Bréfritari: Sigríður Pálsdóttir
Viðtakandi: Páll Pálsson
Dagsetning: A-1863-05-23
Skrifað á: Breiðabólsstað  Rang.
Páll var bróðir Sigríðar

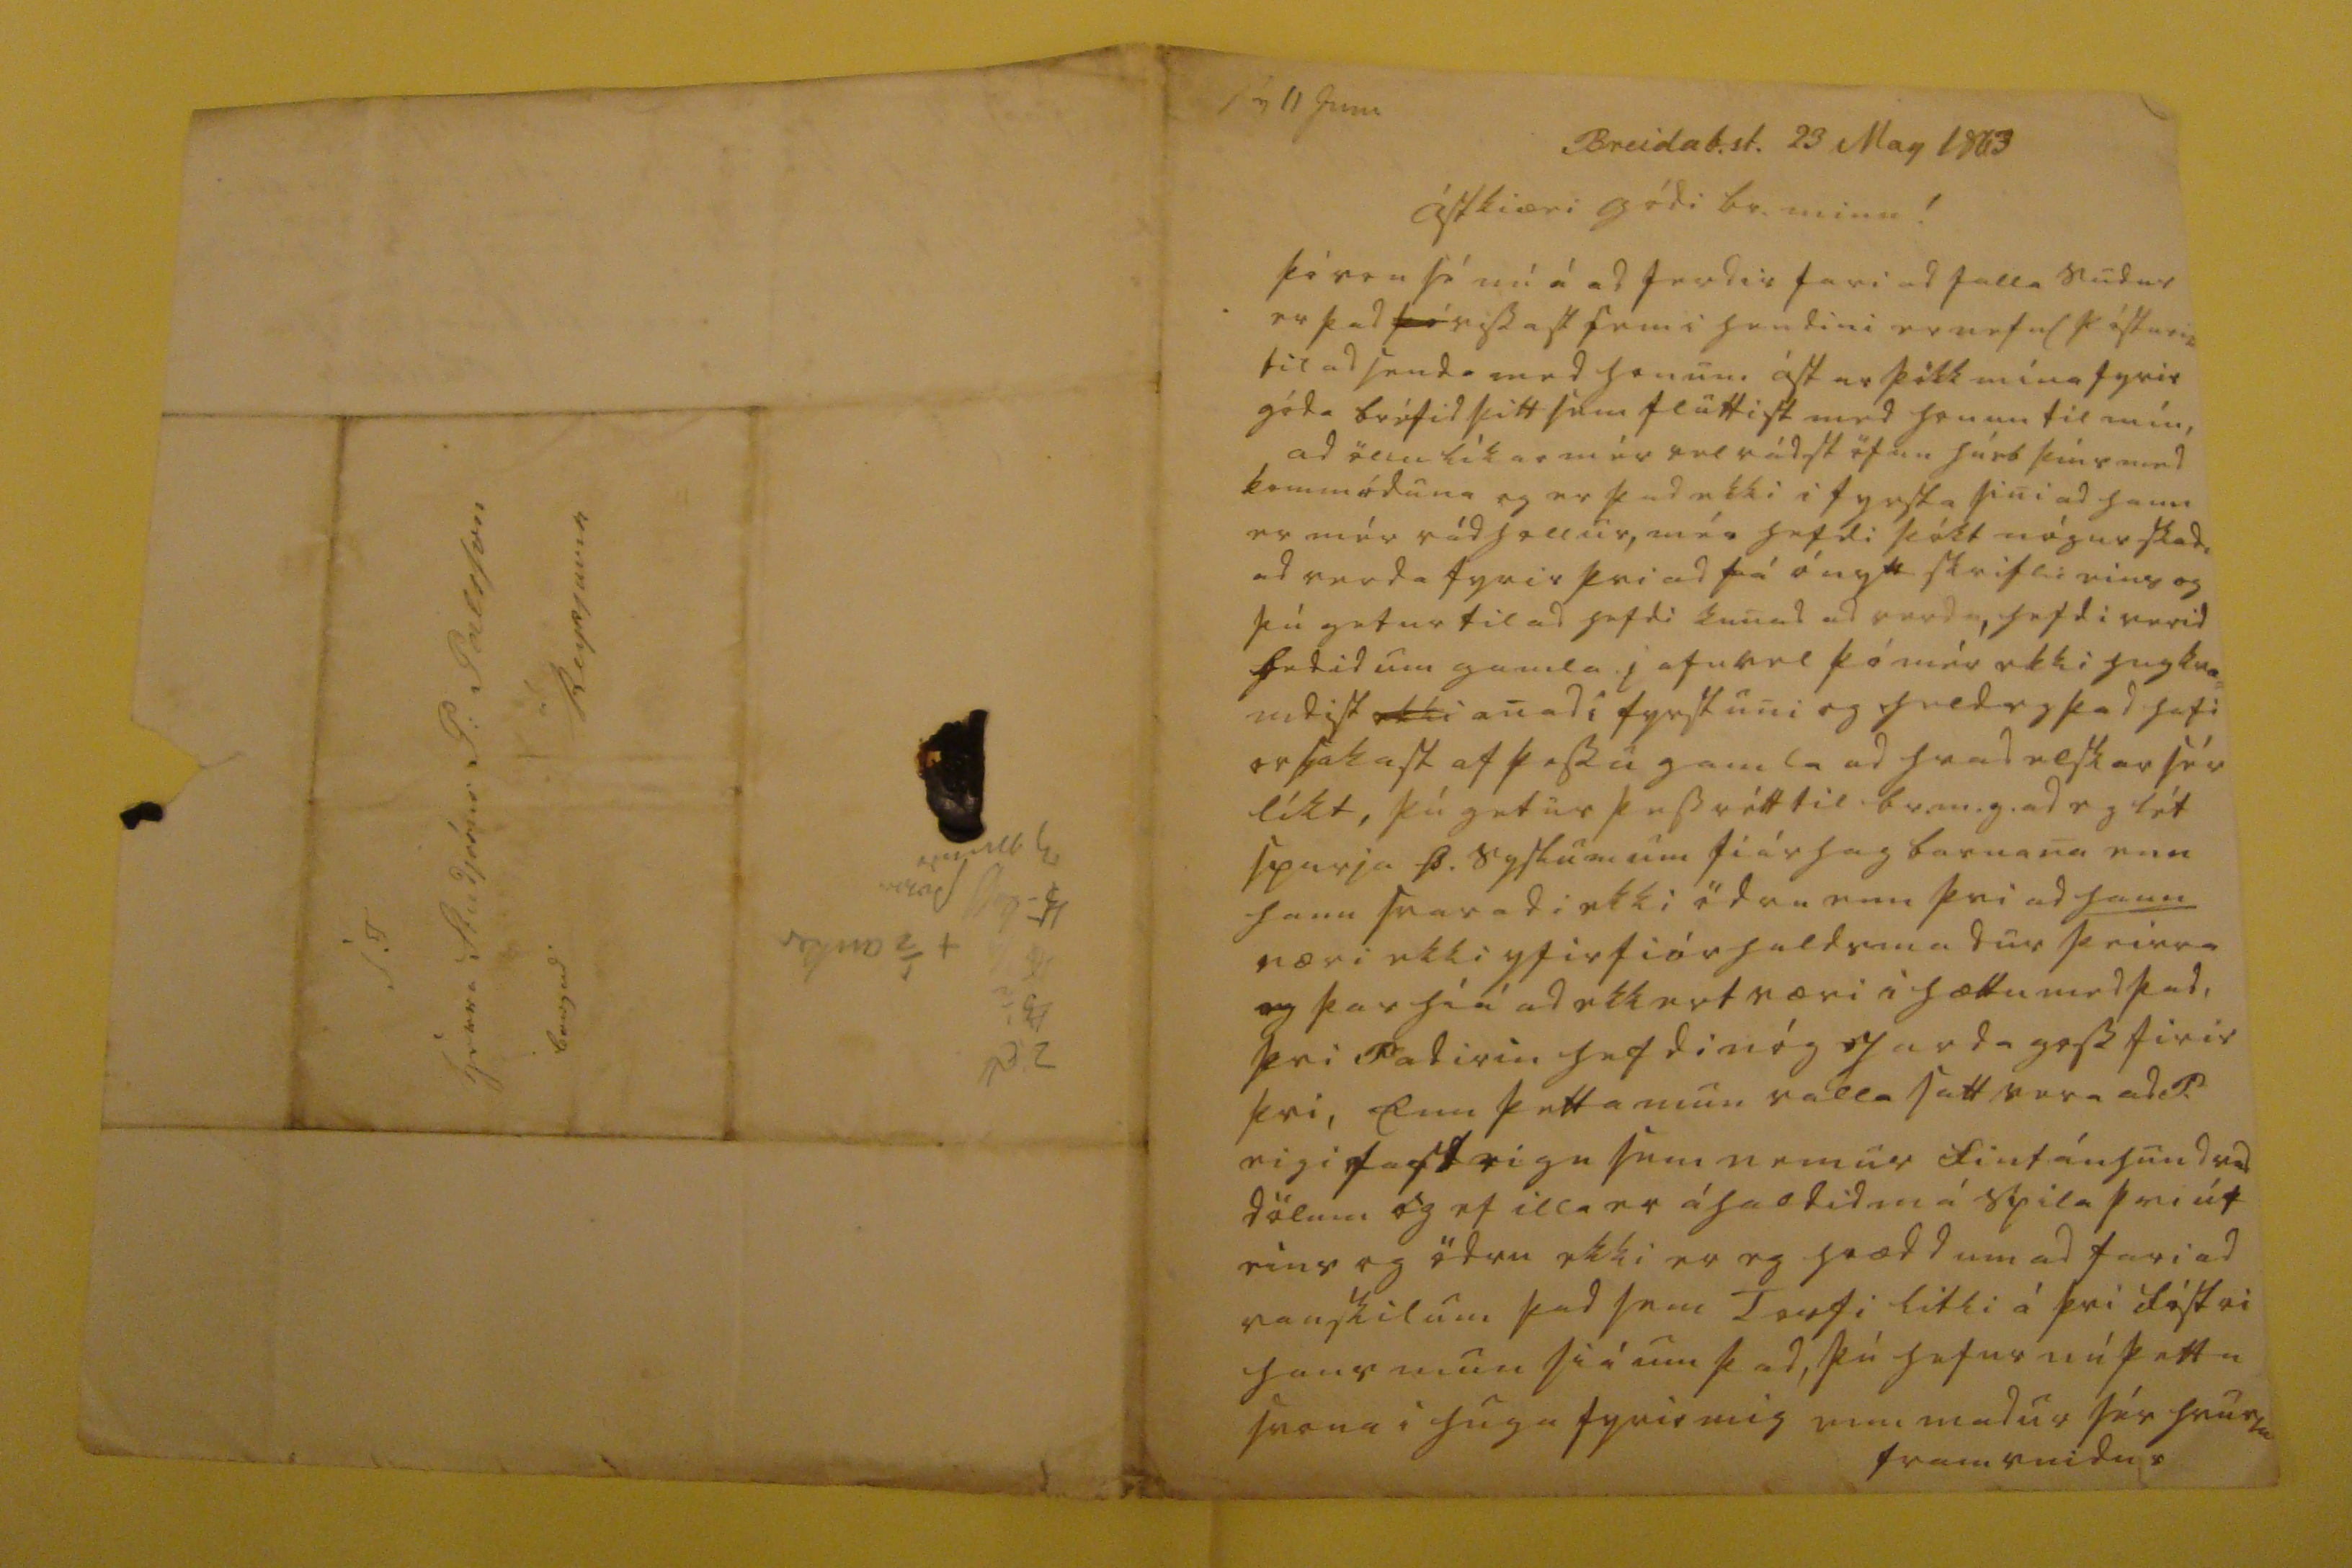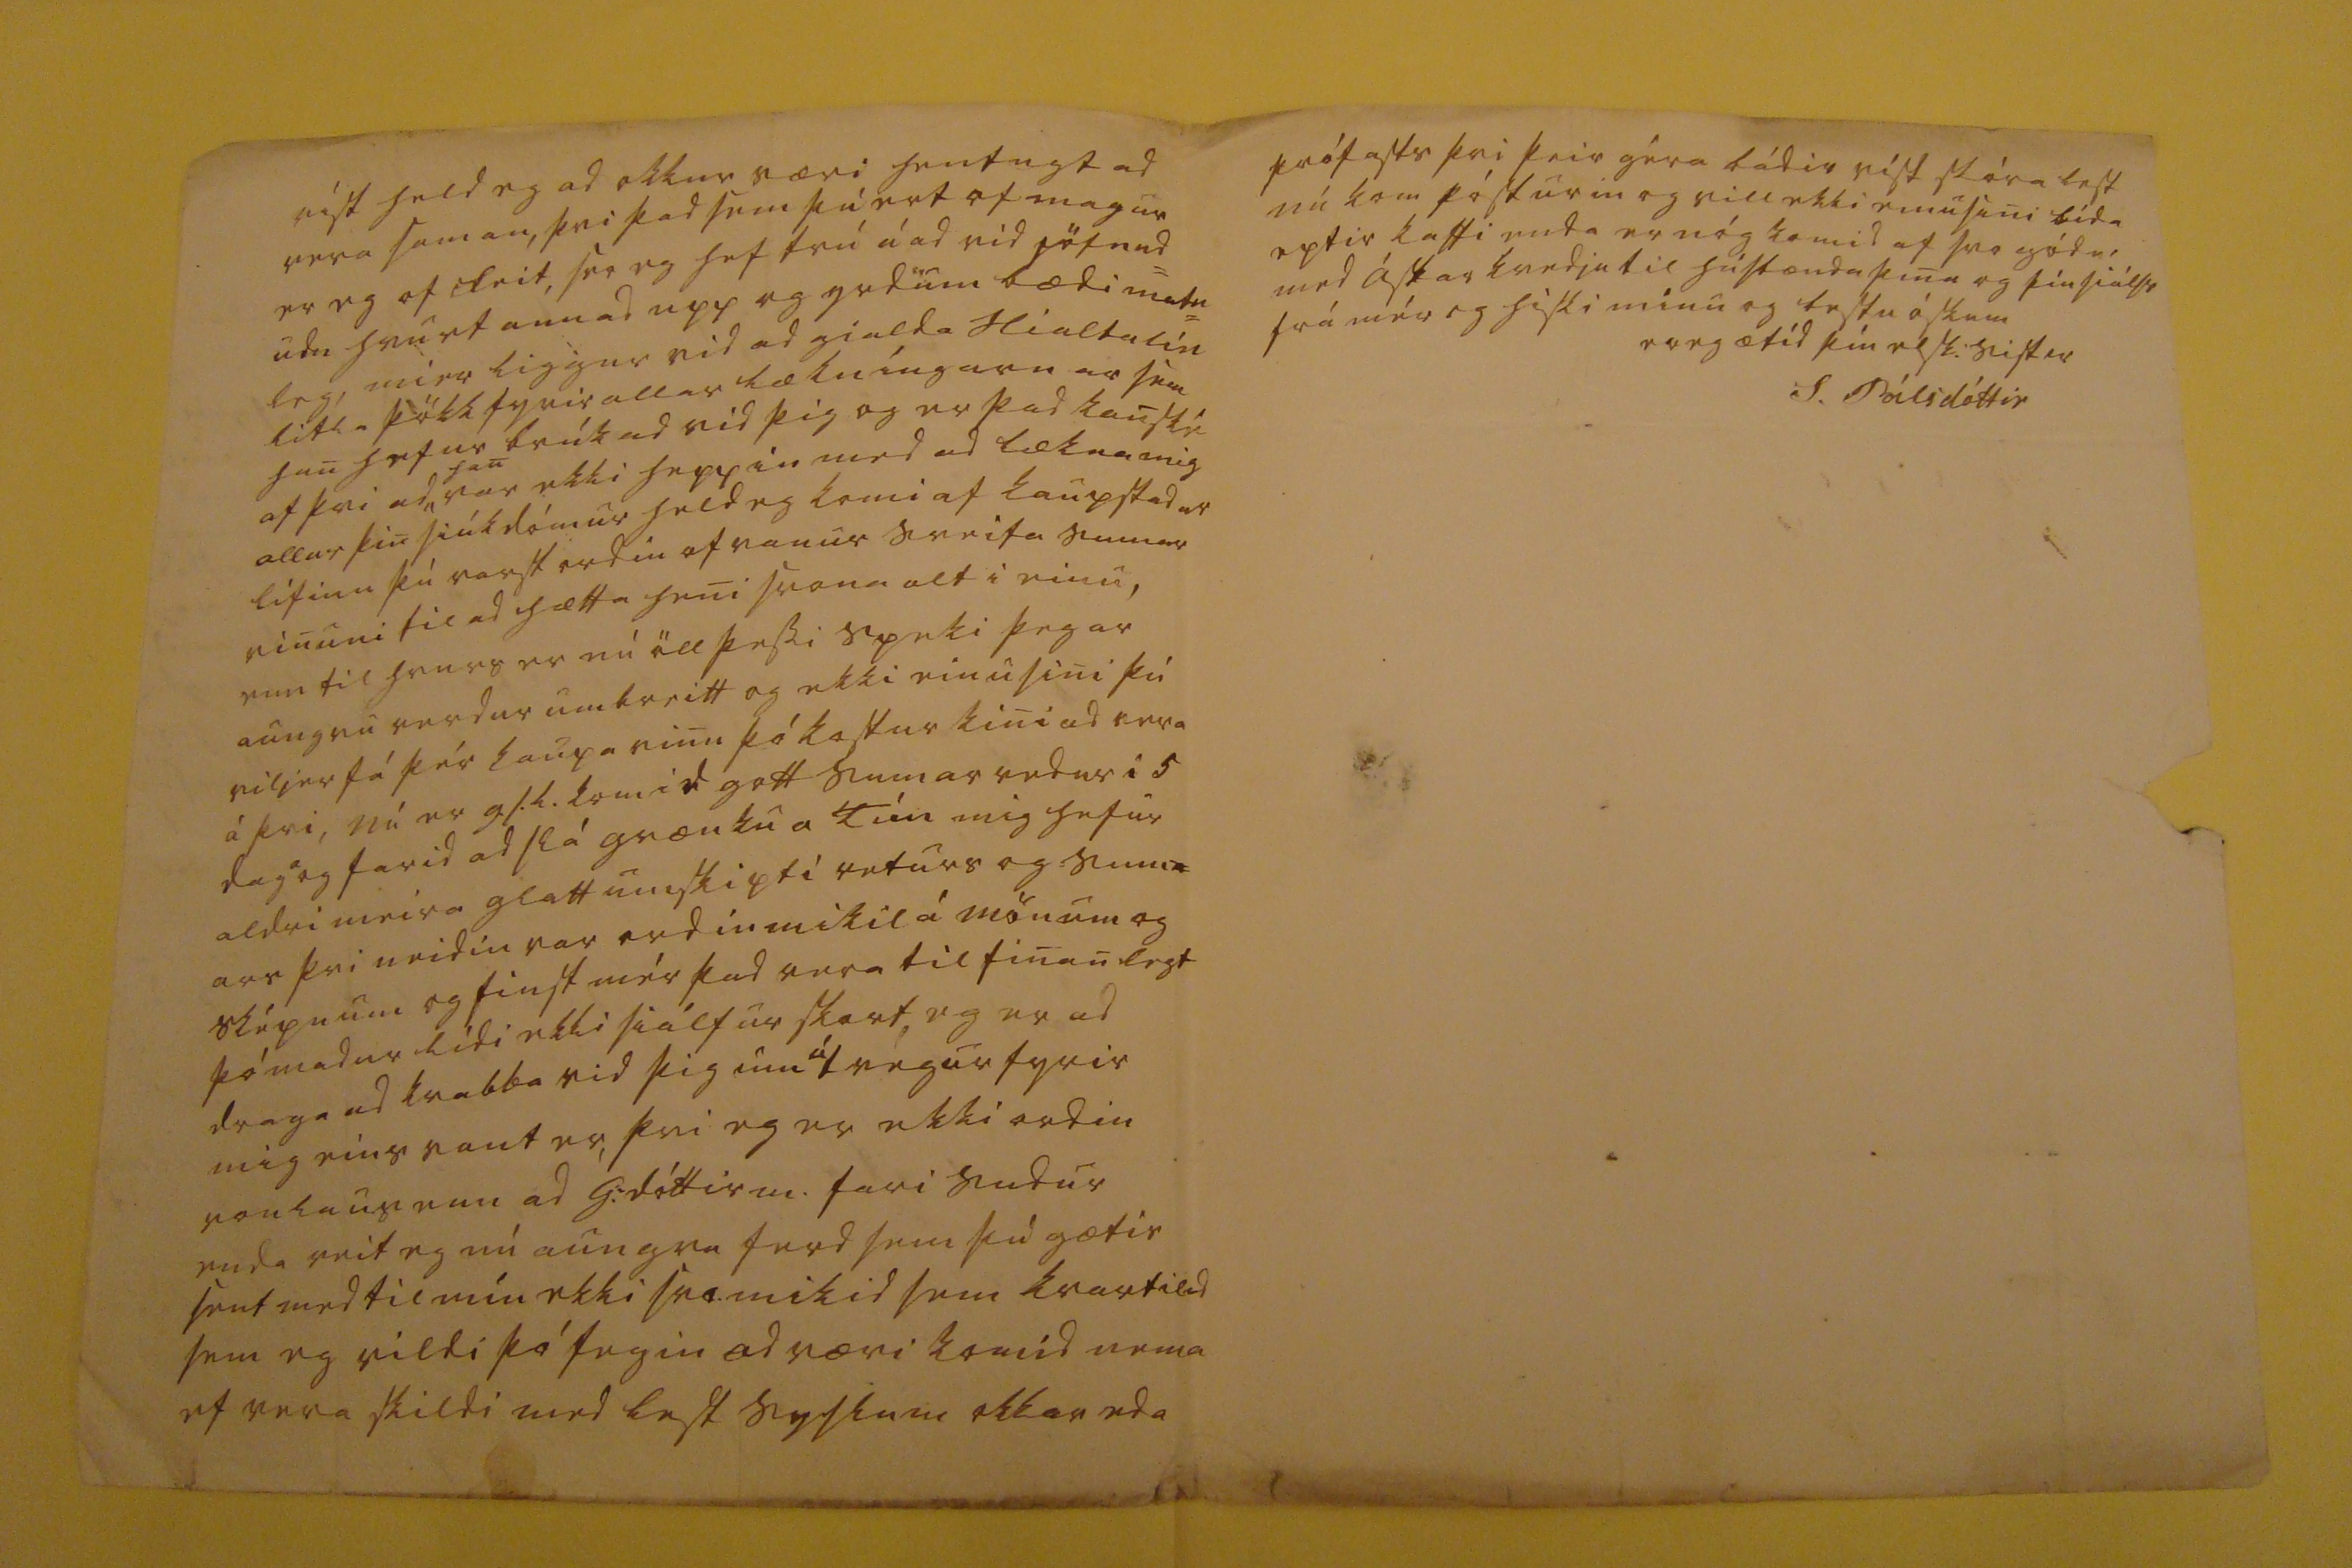

sv 11 Juni
Breidab.st. 23 May 1863
ástkiæri gódi br. minn!
þó von sé nú á ad ferdir fari ad falla sudur er þad
þó
vissast sem i hendini er nefnl pósturin til ad senda med honum ástarþökk mína fyrir góda bréfid þitt sem fluttist med honum til mín, ad öllu líkar mér vel rádstöfun húsb þíns med kommóduna og er þad ekki i fyrsta sini ad hann er mér rádhollur, mér hefdi þókt nógur skadi ad verda fyrir þvi ad fá ónytt skrifli eins og þú getur til ad hefdi kunad ad verda, hefdi verid bedid um gamla jafnvel þó mér ekki hugkvæ= mdist
ekki
anad i fyrstuni og held eg þad hafi orsakast af þessu gamla ad hvad elskar sér líkt, þú getur þess rétt til br.m.g. ad eg lét spurja B. syslum um fiár hag barnana enn hann svaradi ekki ödru enn þvi ad s
hann
væri ekki yfirfiárhaldsmadur þeirra og þar hiá ad ekkert væri i hættu med þad, þvi fadirin hefdi nóg jardagoss firir þvi, enn þetta mun valla satt vera ad P. eigi
fasteign
sem nemur fimtán hundrud dölum og ef illa er áhaldid má spila þvi út eins og ödru ekki er eg hrædd um ad fari ad vanskilum þad sem Torfi litli á þvi fóstri hans mun siá um þad, þú hefur nú þetta svona i huga fyrir mig enn madur sér hvurki fram vindur
víst held eg ad okkur væri hentugt ad vera saman, þvi þad sem þú ert of magur er eg of feit, svo eg hef trú á ad vid jöfnud= um hvurt annad upp og yrdum bædi matu= leg, mier liggur vid ad gialda Hialtalín litla þökk fyrir allar lækníngarnar sem han hefur brúkad vid þig og er þad kanské af þvi ad
han
var ekki heppin med ad lækna mig allur þin siúkdómur held eg komi af kaupstadar lífinu þú varst ordin of vanur sveita sumar vinuni til ad hætta heni svona alt i einu, enn til hvurs er nú öll þessi speki þegar aungvu verdur umbreitt og ekki einu sini þú viljer fá þér kaupavinu þó kostur kini ad vera á þvi, nú er g.s.l. komid gott sumar vedur i 5 daga og farid ad slá grænku á Tún mig hefur aldri meira glatt umskipti veturs og sum= ars þvi neidin var ordin mikil á mönum og sképnum og finst mér þad vera tilfinanlegt þó madur lídi ekki siálfur skort eg er ad draga ad kvabba vid þig um útvegur fyrir mig eins vant er, þvi eg er ekki ordin vonlaus enn ad G: dóttir m. fari sudur enda veit eg nú aungva ferd sem þú gætir sent med til mín ekki svo mikid sem kvartilid sem eg vildi þó fegin ad væri komid nema ef vera skildi med lest syslum okkar eda
prófasts þvi þeir géra bádir víst stóra lest nú kom pósturin og vill ekki einusini bída eptir kaffi enda er nóg komid af svo gódu, med ástarkvedju til húsbænda þina og þín siálfs frá mér og hiski mínu og bestu óskum
er eg ætíd þín elsk. sistir
S. Pálsdóttir
S T herra Stúdjósus P: Palsson á Reykjavik